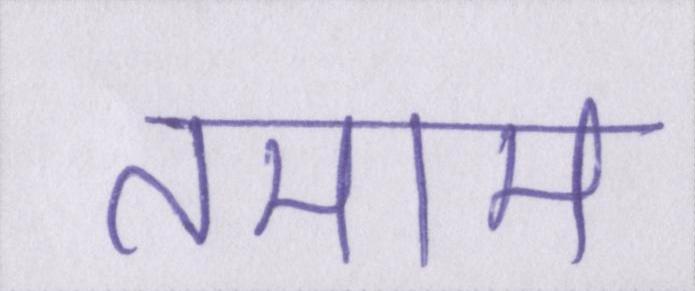
तमाम